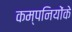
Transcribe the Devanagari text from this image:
कम्पनियोंके